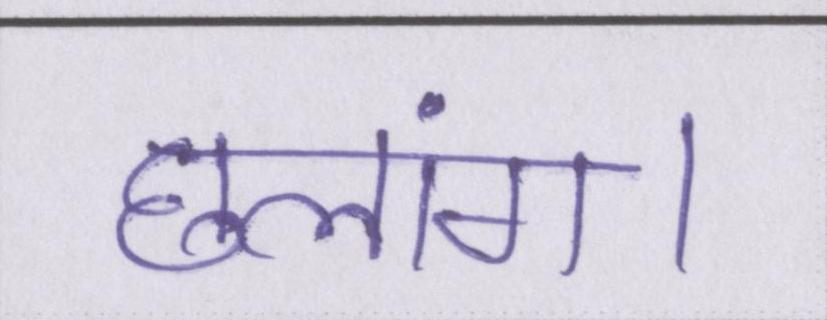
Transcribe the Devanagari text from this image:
छलांग।